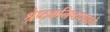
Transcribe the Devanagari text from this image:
श्रेष्ठकनिष्ठपणाचे